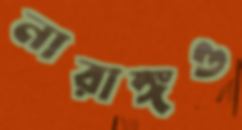
নারাঙ্গও